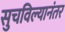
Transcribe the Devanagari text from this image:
सुचविल्यानंतर